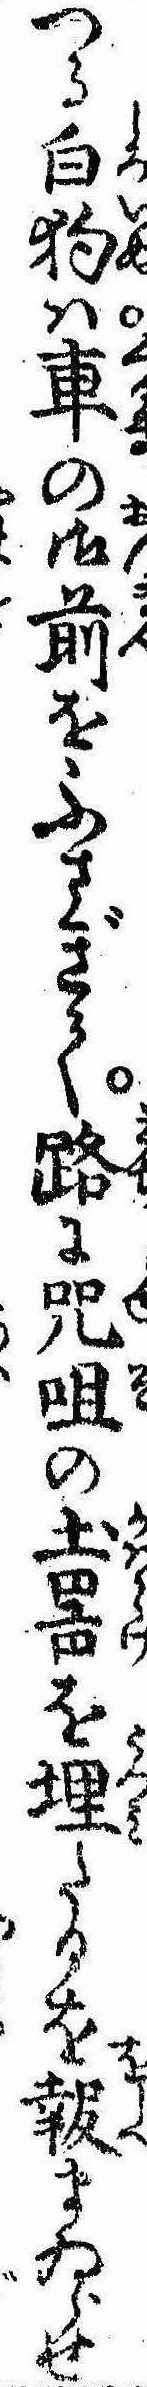
つる白狗は車の御前をふさぎて路に呪咀の土器を埋たるを報まゐらせ